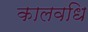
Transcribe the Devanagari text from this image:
कालवधि